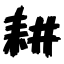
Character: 耕